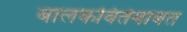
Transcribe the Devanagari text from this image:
बालकवितेबाबत